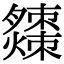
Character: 𤒗